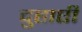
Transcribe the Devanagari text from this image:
दुहाएी